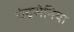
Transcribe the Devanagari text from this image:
चंद्रसेनिया